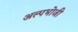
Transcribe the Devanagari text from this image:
अल्पभोजी